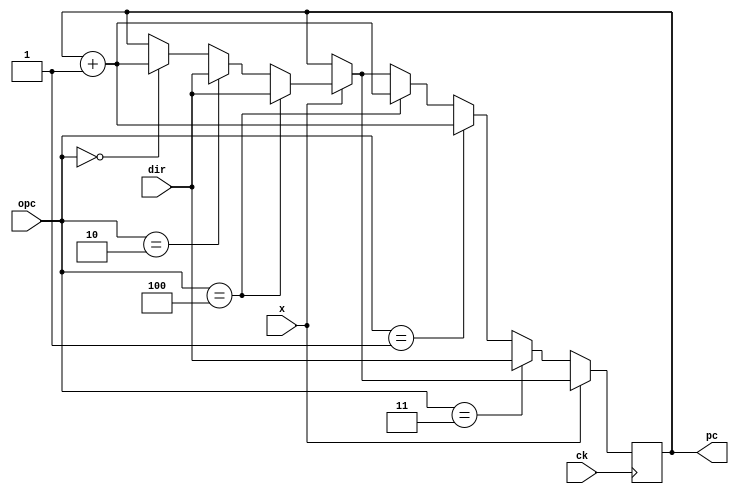
module myca1 (pc,opc,x,dir,ck);

input				ck;
input				x;
input		[3:0]	dir;
input		[2:0]	opc;
output	[3:0]	pc;

reg		[3:0]	rpc;
assign	pc=rpc;

always 	@ (posedge ck)

begin		

	if	(x==1'b1)
		begin
			if (opc==3'b000)
				begin
				rpc=pc+1;
				end
			if	(opc==3'b010)
				begin
				rpc=dir;
				end
			if	(opc==3'b100)
				begin
				rpc=dir;
				end
		end

	
	if	(x==1'b0)
		begin
			if	(opc==3'b100)
				begin
				rpc=pc+1;
				end
			if	(opc==3'b001)
				begin
				rpc=pc+1;
				end
			if	(opc==3'b011)
				begin
				rpc=dir;
				end
		end
	end
endmodule